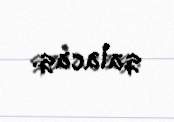
qalacaq.